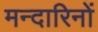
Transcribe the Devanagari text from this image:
मन्दारिनों